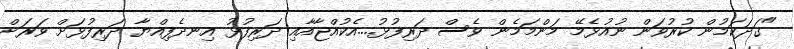
"ގަދަކަމުން ކުރުވަން ނުއުޅެމޭ މަންމަމެން ވެސް ދަރިފުޅު....އެކުއްޖާއާއި ދަރިފުޅު އިނދެފިއްޔާ ދަރިފުޅަށް ވަރަށް